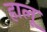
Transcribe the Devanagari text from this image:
हालू